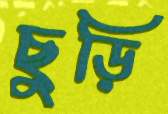
ছুড়ি